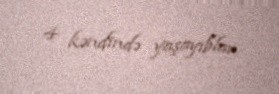
4 kəndində yaşayıblar.